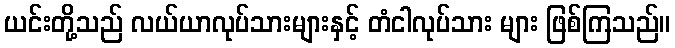
ယင်းတို့သည် လယ်ယာလုပ်သားများနှင့် တံငါလုပ်သား များ ဖြစ်ကြသည်။